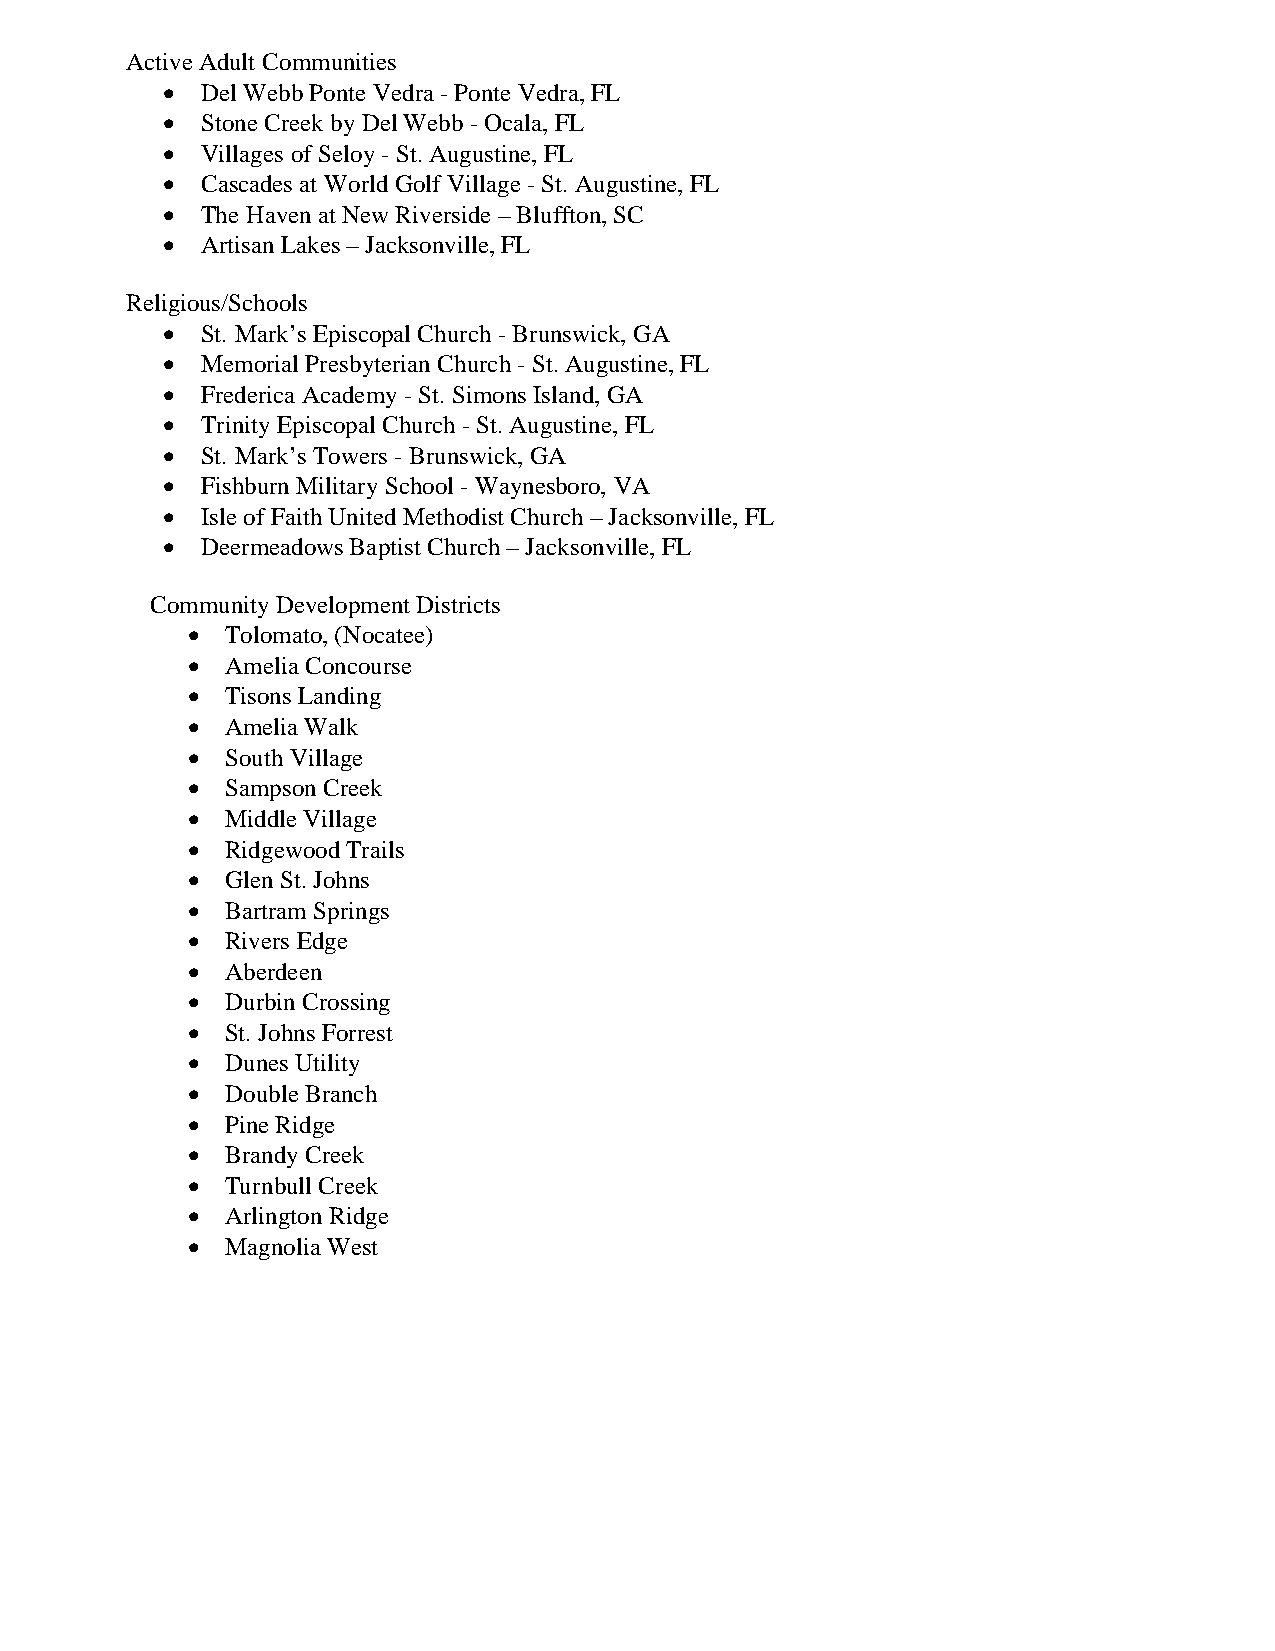
Active Adult Communities
 · Del Webb Ponte Vedra - Ponte Vedra, FL
 · Stone Creek by Del Webb - Ocala, FL
 · Villages of Seloy - St. Augustine, FL
 · Cascades at World Golf Village - St. Augustine, FL
 · The Haven at New Riverside – Bluffton, SC
 · Artisan Lakes – Jacksonville, FL
 Religious/Schools
 · St. Mark’s Episcopal Church - Brunswick, GA
 · Memorial Presbyterian Church - St. Augustine, FL
 · Frederica Academy - St. Simons Island, GA
 · Trinity Episcopal Church - St. Augustine, FL
 · St. Mark’s Towers - Brunswick, GA
 · Fishburn Military School - Waynesboro, VA
 · Isle of Faith United Methodist Church – Jacksonville, FL
 · Deermeadows Baptist Church – Jacksonville, FL
 Community Development Districts
 ·  Tolomato, (Nocatee)
 ·  Amelia Concourse
 ·  Tisons Landing
 ·  Amelia Walk
 ·  South Village
 ·  Sampson Creek
 ·  Middle Village
 ·  Ridgewood Trails
 ·  Glen St. Johns
 ·  Bartram Springs
 ·  Rivers Edge
 ·  Aberdeen
 ·  Durbin Crossing
 ·  St. Johns Forrest
 ·  Dunes Utility
 ·  Double Branch
 ·  Pine Ridge
 ·  Brandy Creek
 ·  Turnbull Creek
 ·  Arlington Ridge
 ·  Magnolia West